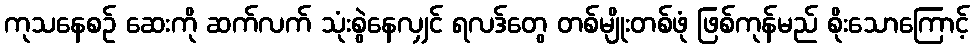
ကုသနေစဉ် ဆေးကို ဆက်လက် သုံးစွဲနေလျှင် ရလဒ်တွေ တစ်မျိုးတစ်ဖုံ ဖြစ်ကုန်မည် စိုးသောကြောင့်